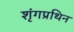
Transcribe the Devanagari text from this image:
शृंगप्रथिन